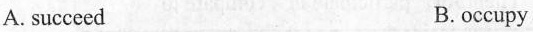
A. succeed B.occupy